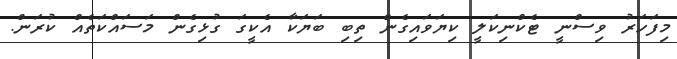
މިފަހަރު ވިސްނީ ޓެކްނިކަލީ ކިޔަވައިގެން ތިބި ބަޔަކާ އެކީގަ ގުޅިގެން މަސައްކަތެއް ކުރަން.